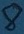
Text: 8